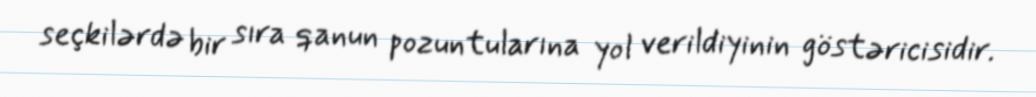
seçkilərdə bir sıra qanun pozuntularına yol verildiyinin göstəricisidir.